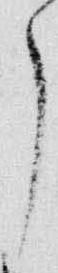
了